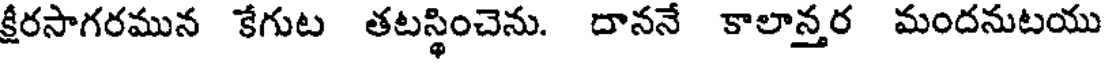
క్రీరసాగరమున కేగుట తటస్థించెను. దాననే కాలాన్తర మందనుటయు